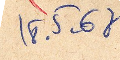
18 . 5 -68